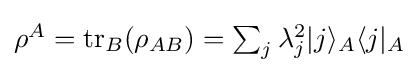
{\textstyle \rho ^{A}=\operatorname {tr} _{B}(\rho _{AB})=\sum _{j}\lambda _{j}^{2}|j\rangle _{A}\langle j|_{A}}